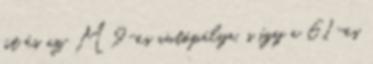
út és az M9-es autópálya, s így a 61-es